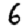
Digit: 6